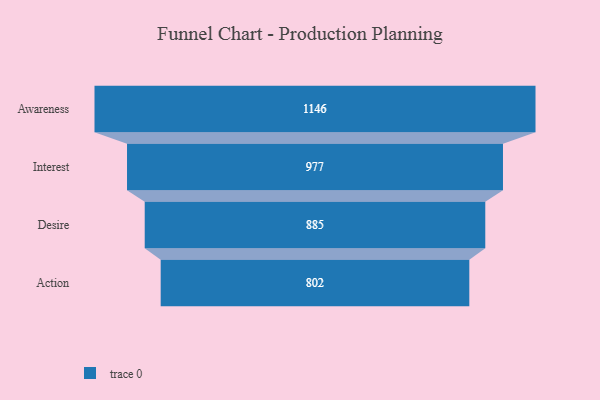
{"axis": {"x": "Stage", "y": "Value"}, "legend": [""], "data": [{"x": "Awareness", "y": 1146.0, "type": ""}, {"x": "Interest", "y": 977.0, "type": ""}, {"x": "Desire", "y": 885.0, "type": ""}, {"x": "Action", "y": 802.0, "type": ""}]}